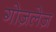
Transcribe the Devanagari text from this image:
गोज़लेज़